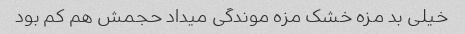
خیلی بد مزه خشک مزه موندگی میداد حجمش هم کم بود